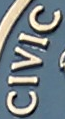
CIVIC